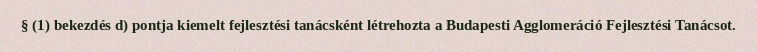
§ (1) bekezdés d) pontja kiemelt fejlesztési tanácsként létrehozta a Budapesti Agglomeráció Fejlesztési Tanácsot.